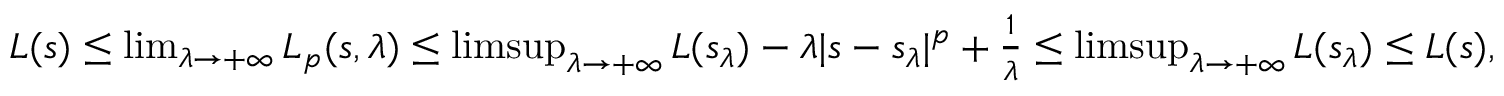
\begin{array} { r } { L ( s ) \leq \operatorname* { l i m } _ { \lambda \to + \infty } L _ { p } ( s , \lambda ) \leq \operatorname* { l i m s u p } _ { \lambda \to + \infty } L ( s _ { \lambda } ) - \lambda | s - s _ { \lambda } | ^ { p } + \frac { 1 } { \lambda } \leq \operatorname* { l i m s u p } _ { \lambda \to + \infty } L ( s _ { \lambda } ) \leq L ( s ) , } \end{array}